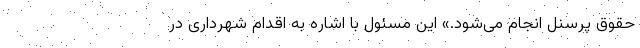
حقوق پرسنل انجام می‌شود.» این مسئول با اشاره به اقدام شهرداری در